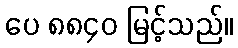
ပေ ၈၈၄၀ မြင့်သည်။